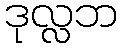
ဒုလ္လဘ